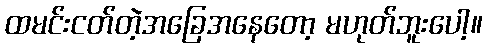
ထမင်းငတ်တဲ့အခြေအနေတော့ မဟုတ်ဘူးပေါ့။